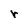
Character: r